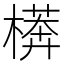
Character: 𱤕